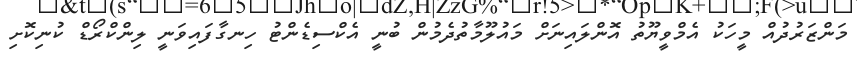
މަންޒަރުދުއް މީހަކު އެމްވީޔޫތު އޮންލައިނަށް މައުލޫމާތުދެމުން ބުނީ އެކްސިޑެންޓު ހިނގާފައިވަނީ ލިންކްރޯޑް ކުނިކޮށި